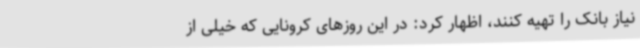
نیاز بانک را تهیه کنند، اظهار کرد: در این روزهای کرونایی که خیلی از